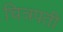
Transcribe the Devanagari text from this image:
चित्रपती